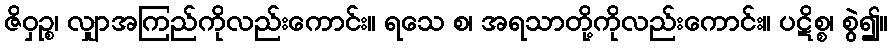
ဇိဝှဉ္စ၊ လျှာအကြည်ကိုလည်းကောင်း။ ရသေ စ၊ အရသာတို့ကိုလည်းကောင်း။ ပဋိစ္စ၊ စွဲ၍။